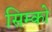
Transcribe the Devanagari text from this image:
सिम्को